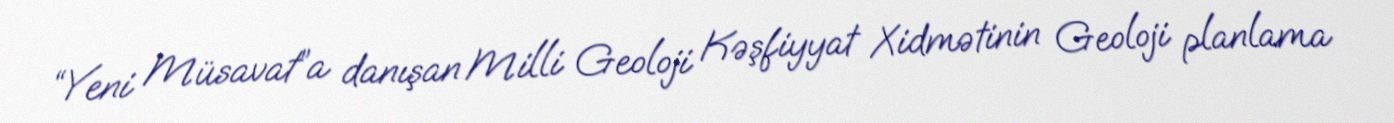
“Yeni Müsavat”a danışan Milli Geoloji Kəşfiyyat Xidmətinin Geoloji planlama